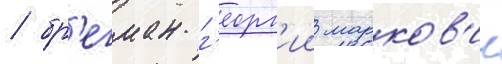
/ бр'егман г'еорг'ии марков'ич